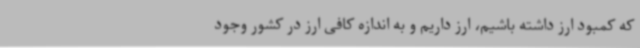
که کمبود ارز داشته باشیم، ارز داریم و به اندازه کافی ارز در کشور وجود